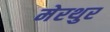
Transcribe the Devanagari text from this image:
मेरथुर